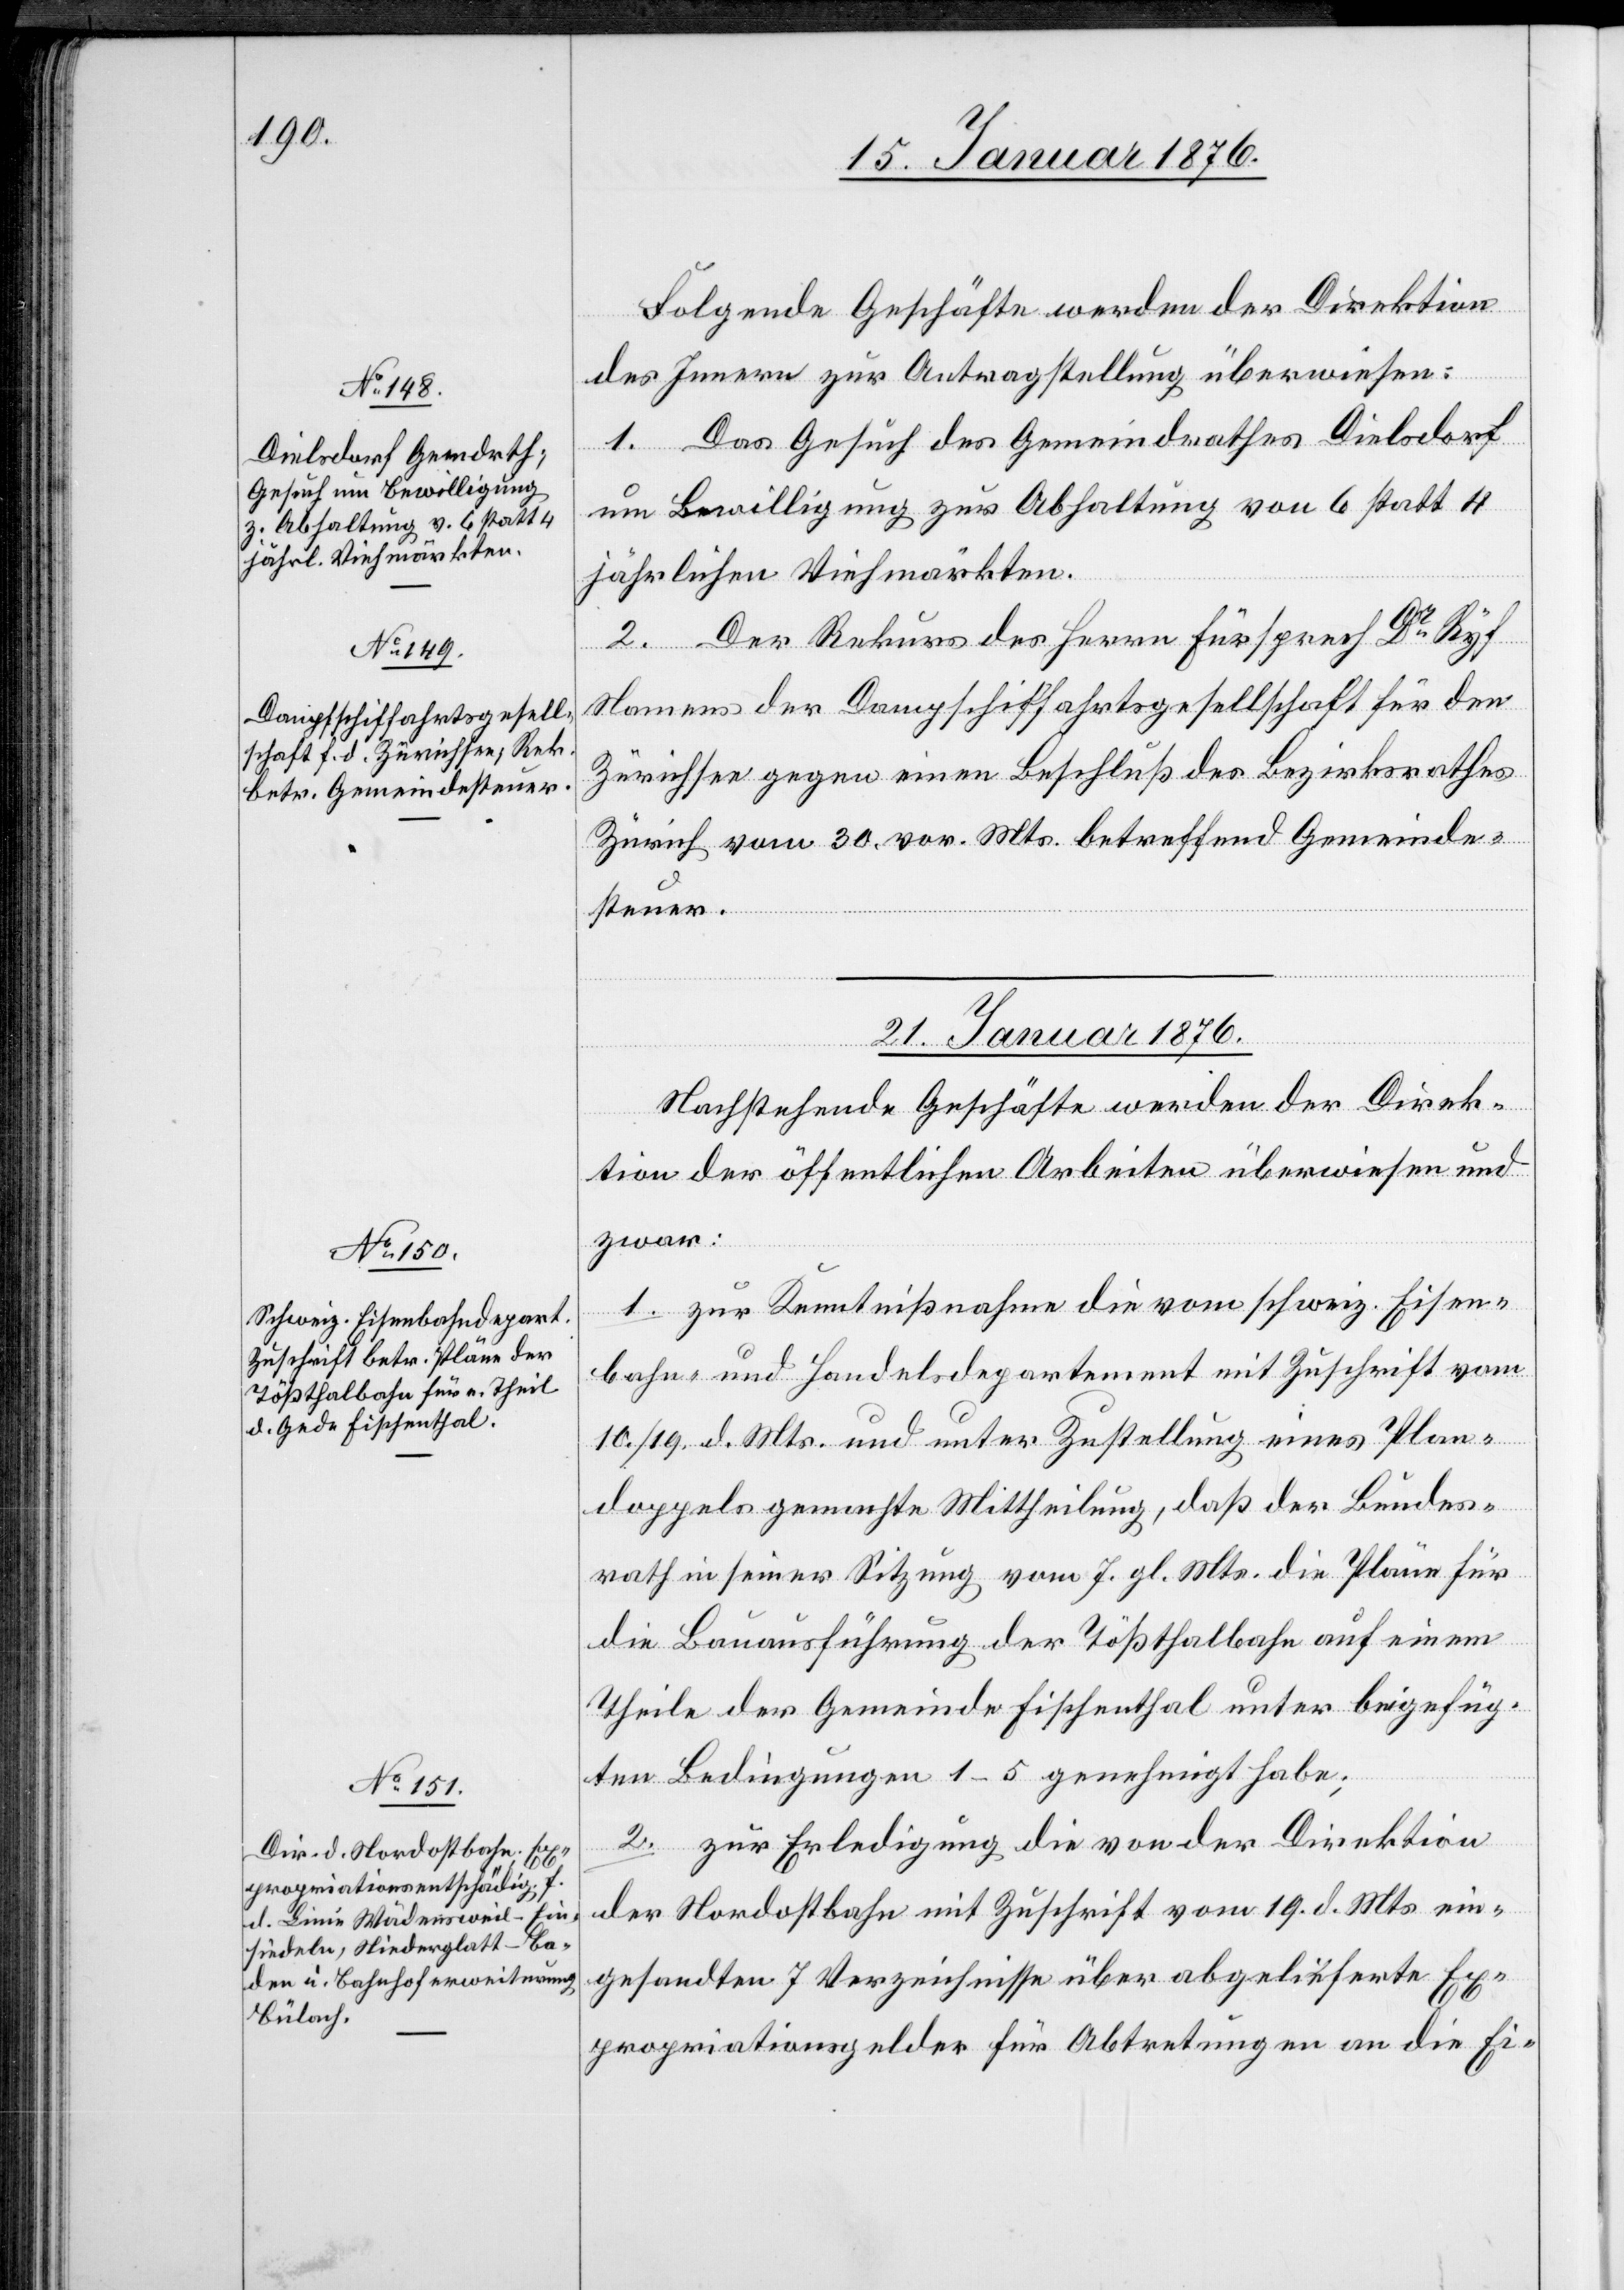
20. Januar 1876.]
Folgende Geschäft werden der Direktion
des Innern zur Antragstellung überwiesen:
1. Das Gesuch des Gemeindrathes Dielsdorf
um Bewilligung zur Abhaltung von 6 statt 4
jährlichen Viehmärkten.
2. Der Rekurs des Herrn Fürsprech Dr Ryf
Namens der Dampfschiffahrtsgesellschaft für den
Zürichsee gegen einen Beschluß des Bezirksrathes
Zürich vom 30. vor. Mts. betreffend Gemeinde¬
steuer.
21. Januar 1876.]
Nachstehende Geschäfte werden der Direk¬
tion der öffentlichen Arbeiten überwiesen und
zwar:
1. zur Kenntnißnahme die vom schweiz. Eisen¬
bahn- und Handelsdepartement mit Zuschrift vom
10./19. d. Mts. und unter Zustellung eines Plan¬
doppels gemachte Mittheilung, daß der Bundes¬
rath in seiner Sitzung vom 7. gl. Mts. die Pläne für
die Bauausführung der Tößthalbahn auf einem
Theile der Gemeinde Fischenthal unter beigefüg¬
ten Bedingungen 1–5 genehmigt habe;
2. zur Erledigung die von der Direktion
der Nordostbahn mit Zuschrift vom 19. d. Mts. ein¬
gesandten 7 Verzeichnisse über abgelieferte Ex¬
propriationsgelder für Abtretung an die Ei-